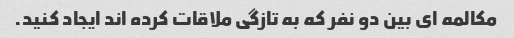
مکالمه ای بین دو نفر که به تازگی ملاقات کرده اند ایجاد کنید.